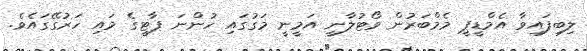
ލިބިފައިވާ އެމްޑީޕީ މެމްބަރުން ވޯޓުލާނީ އަމީނީ މަގުގައި ހުންނަ ޕާޓީގެ މައި ހަރުގޭގައެވެ.